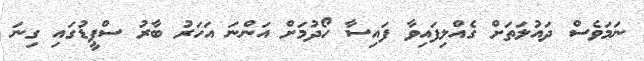
ނަމަވެސް ދައުލަތަށް ގެއްލިފައިވާ ފައިސާ ހޯދުމަށް އަންނަ އަހަރު ބާރު ސްޕީޑުގައި ގިނަ